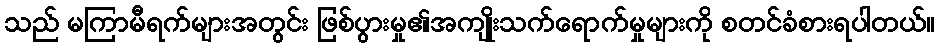
သည် မကြာမီရက်များအတွင်း ဖြစ်ပွားမှု၏အကျိုးသက်ရောက်မှုများကို စတင်ခံစားရပါတယ်။